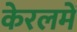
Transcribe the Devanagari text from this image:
केरलमें